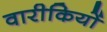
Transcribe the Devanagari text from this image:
वारीकियों